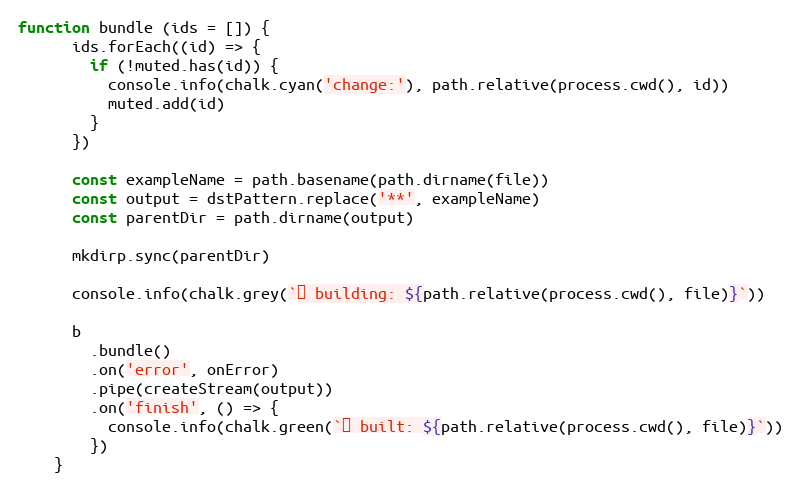
Language: JavaScript
function bundle (ids = []) {
      ids.forEach((id) => {
        if (!muted.has(id)) {
          console.info(chalk.cyan('change:'), path.relative(process.cwd(), id))
          muted.add(id)
        }
      })

      const exampleName = path.basename(path.dirname(file))
      const output = dstPattern.replace('**', exampleName)
      const parentDir = path.dirname(output)

      mkdirp.sync(parentDir)

      console.info(chalk.grey(`⏳ building: ${path.relative(process.cwd(), file)}`))

      b
        .bundle()
        .on('error', onError)
        .pipe(createStream(output))
        .on('finish', () => {
          console.info(chalk.green(`✓ built: ${path.relative(process.cwd(), file)}`))
        })
    }